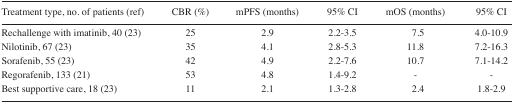
<table><thead><tr><td><b>Treatment type, no. of patients (ref)</b></td><td><b>CBR (%)</b></td><td><b>mPFS (months)</b></td><td><b>95% CI</b></td><td><b>mOS (months)</b></td><td><b>95% CI</b></td></tr></thead><tbody><tr><td>Rechallenge with imatinib, 40 (23)</td><td>25</td><td>2.9</td><td>2.2–3.5</td><td>7.5</td><td>4.0–10.9</td></tr><tr><td>Nilotinib, 67 (23)</td><td>35</td><td>4.1</td><td>2.8–5.3</td><td>11.8</td><td>7.2–16.3</td></tr><tr><td>Sorafenib, 55 (23)</td><td>42</td><td>4.9</td><td>2.2–7.6</td><td>10.7</td><td>7.1–14.2</td></tr><tr><td>Regorafenib, 133 (21)</td><td>53</td><td>4.8</td><td>1.4–9.2</td><td>-</td><td>-</td></tr><tr><td>Best supportive care, 18 (23)</td><td>11</td><td>2.1</td><td>1.3–2.8</td><td>2.4</td><td>1.8–2.9</td></tr></tbody></table>